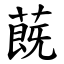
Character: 蔇